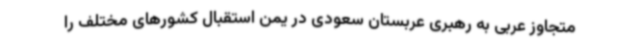
متجاوز عربی به رهبری عربستان سعودی در یمن استقبال کشورهای مختلف را